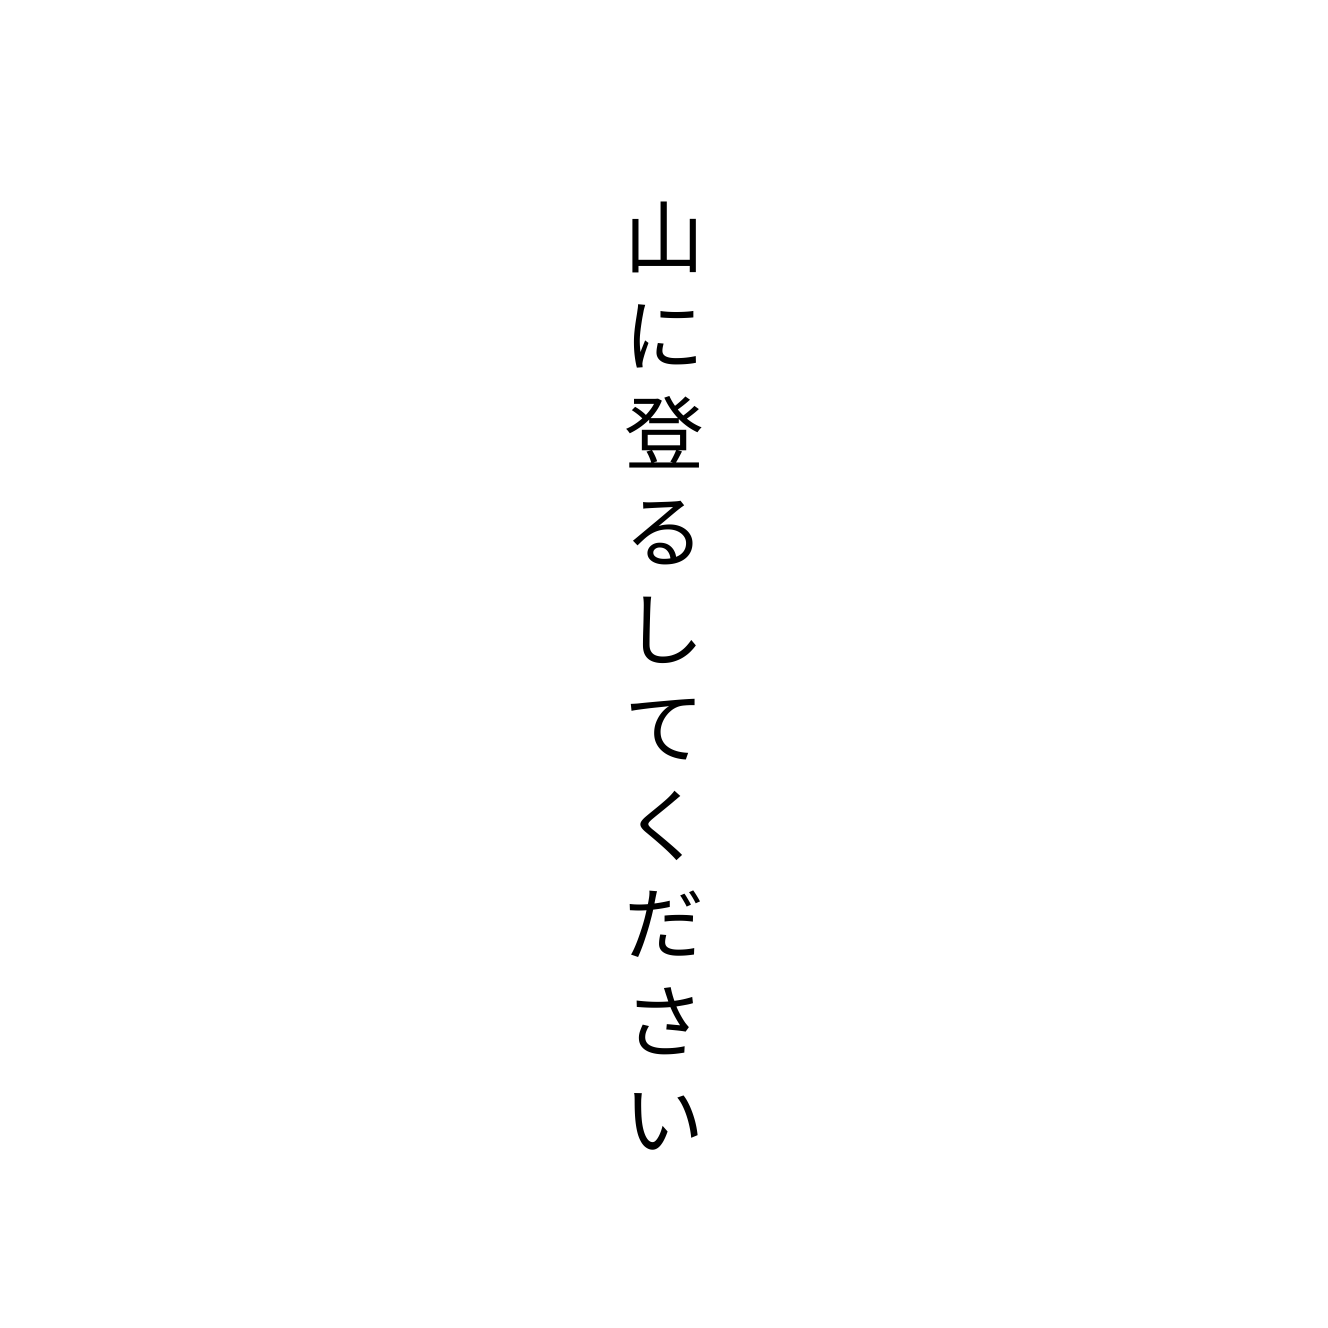
山に登るしてください